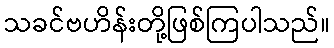
သခင်ဗဟိန်းတို့ဖြစ်ကြပါသည်။